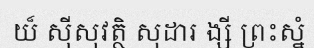
យ៏ ស៊ីសុវត្ថិ សុដារ ង្សី ព្រះស្នំ